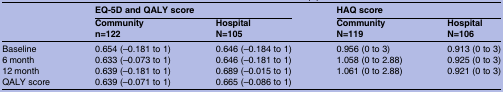
<table><thead><tr><td><b> </b></td><td colspan="2"><b>EQ-5D and QALY score</b></td><td colspan="2"><b>HAQ score</b></td></tr><tr><td></td><td><b>Community</b></td><td><b>Hospital</b></td><td><b>Community</b></td><td><b>Hospital</b></td></tr><tr><td></td><td><b>n=122</b></td><td><b>N=105</b></td><td><b>N=119</b></td><td><b>N=106</b></td></tr></thead><tbody><tr><td>Baseline</td><td>0.654 (–0.181 to 1)</td><td>0.646 (–0.184 to 1)</td><td>0.956 (0 to 3)</td><td>0.913 (0 to 3)</td></tr><tr><td>6 month</td><td>0.633 (–0.073 to 1)</td><td>0.646 (–0.181 to 1)</td><td>1.058 (0 to 2.88)</td><td>0.925 (0 to 3)</td></tr><tr><td>12 month</td><td>0.639 (–0.181 to 1)</td><td>0.689 (–0.015 to 1)</td><td>1.061 (0 to 2.88)</td><td>0.921 (0 to 3)</td></tr><tr><td>QALY score</td><td>0.639 (–0.071 to 1)</td><td>0.665 (–0.086 to 1)</td><td></td><td></td></tr></tbody></table>